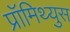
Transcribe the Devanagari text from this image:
प्रॉमिथ्युस